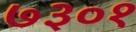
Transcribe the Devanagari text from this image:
७३०१